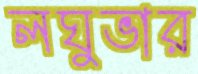
লঘুভার